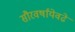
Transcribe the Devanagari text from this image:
सौरवर्षांयेवढे